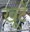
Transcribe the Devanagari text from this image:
खूटें